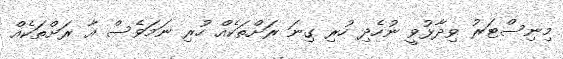
މިނިސްޓަރު ވިދާޅުވީ ނުހެދި ހުރި ގިނަ ރަށްތަކެއް ހުރި ނަމަވެސް އާ ރަށްތަކެއް